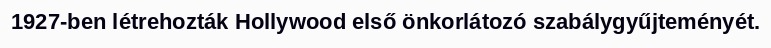
1927-ben létrehozták Hollywood első önkorlátozó szabálygyűjteményét.